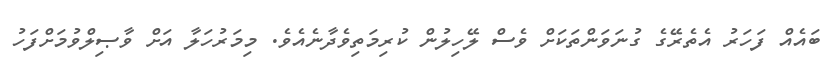
ބައެއް ފަހަރު އެތެރޭގެ ގުނަވަންތަކަށް ވެސް ލޭހިލުން ކުރިމަތިވެދާނެއެވެ. މިމަރުހަލާ އަށް ވާޞިލްވުމަށްފަހު